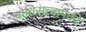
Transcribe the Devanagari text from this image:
बोधिसत्त्वांपैकी